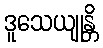
ဒူသေယျုန္တိ